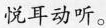
悦耳动听。